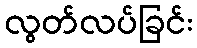
လွတ်လပ်ခြင်း